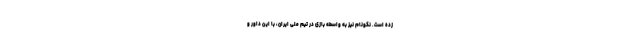
زده است. نکونام نیز به واسطه بازی در تیم ملی ایران، با این داور و